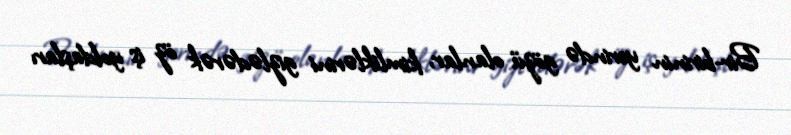
Bir-birinin yerində gözü olanlar, kimliklərini gizlədərək öz iş yoldaşları